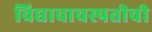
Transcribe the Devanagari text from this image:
विद्यावाचस्पतीची